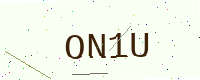
Text: ON1U